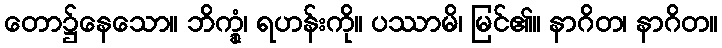
တော၌နေသော။ ဘိက္ခုံ၊ ရဟန်းကို။ ပဿာမိ၊ မြင်၏။ နာဂိတ၊ နာဂိတ။